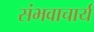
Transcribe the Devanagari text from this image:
संभवाचार्य